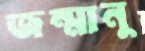
জন্মানু